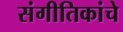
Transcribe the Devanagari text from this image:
संगीतिकांचे